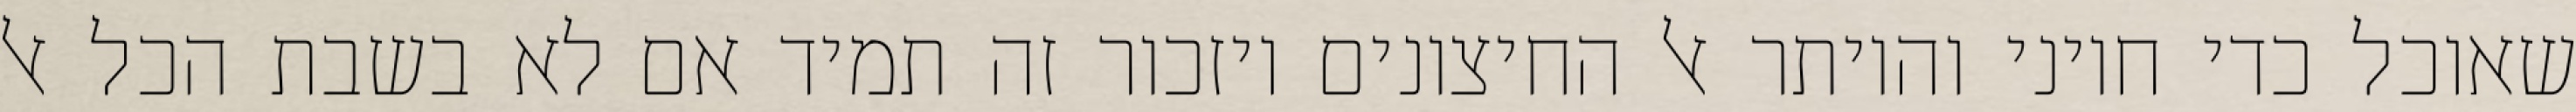
שאוכל כדי חיוני והיותר אל החיצונים ויזכור זה תמיד אם לא בשבת הכל אל